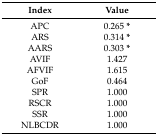
<table><thead><tr><td><b>Index</b></td><td><b>Value</b></td></tr></thead><tbody><tr><td>APC</td><td>0.265 <b>*</b></td></tr><tr><td>ARS</td><td>0.314 <b>*</b></td></tr><tr><td>AARS</td><td>0.303 <b>*</b></td></tr><tr><td>AVIF</td><td>1.427</td></tr><tr><td>AFVIF</td><td>1.615</td></tr><tr><td>GoF</td><td>0.464</td></tr><tr><td>SPR</td><td>1.000</td></tr><tr><td>RSCR</td><td>1.000</td></tr><tr><td>SSR</td><td>1.000</td></tr><tr><td>NLBCDR</td><td>1.000</td></tr></tbody></table>